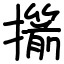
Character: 擶